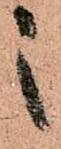
之